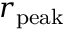
r _ { \mathrm { p e a k } }